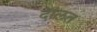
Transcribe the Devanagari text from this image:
दॅालत